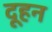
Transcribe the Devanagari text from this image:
दूहन